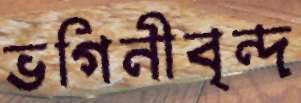
ভগিনীবৃন্দ